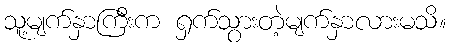
သူ့မျက်နှာကြီးက ရှက်သွားတဲ့မျက်နှာလားမသိ။